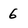
Character: 6